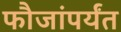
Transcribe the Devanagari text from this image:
फौजांपर्यंत